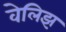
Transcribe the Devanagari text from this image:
वेलिझ